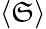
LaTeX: \langle\mathfrak{S}\rangle